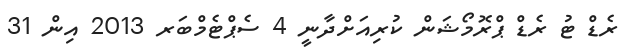
ރެޑް ޓު ރެޑް ޕްރޮމޯޝަން ކުރިއަށްދާނީ 4 ސެޕްޓެމްބަރ 2013 އިން 31